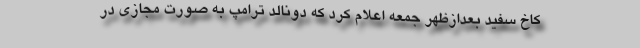
کاخ سفید بعدازظهر جمعه اعلام کرد که دونالد ترامپ به صورت مجازی در